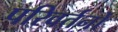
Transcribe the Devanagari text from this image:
परिवर्तनोँ